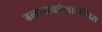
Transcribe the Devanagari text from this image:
ग्लायकोलायसिस